NAE_kihelkonnakohtute_kirjad_ja_protokollid_1869-1889, lk 5
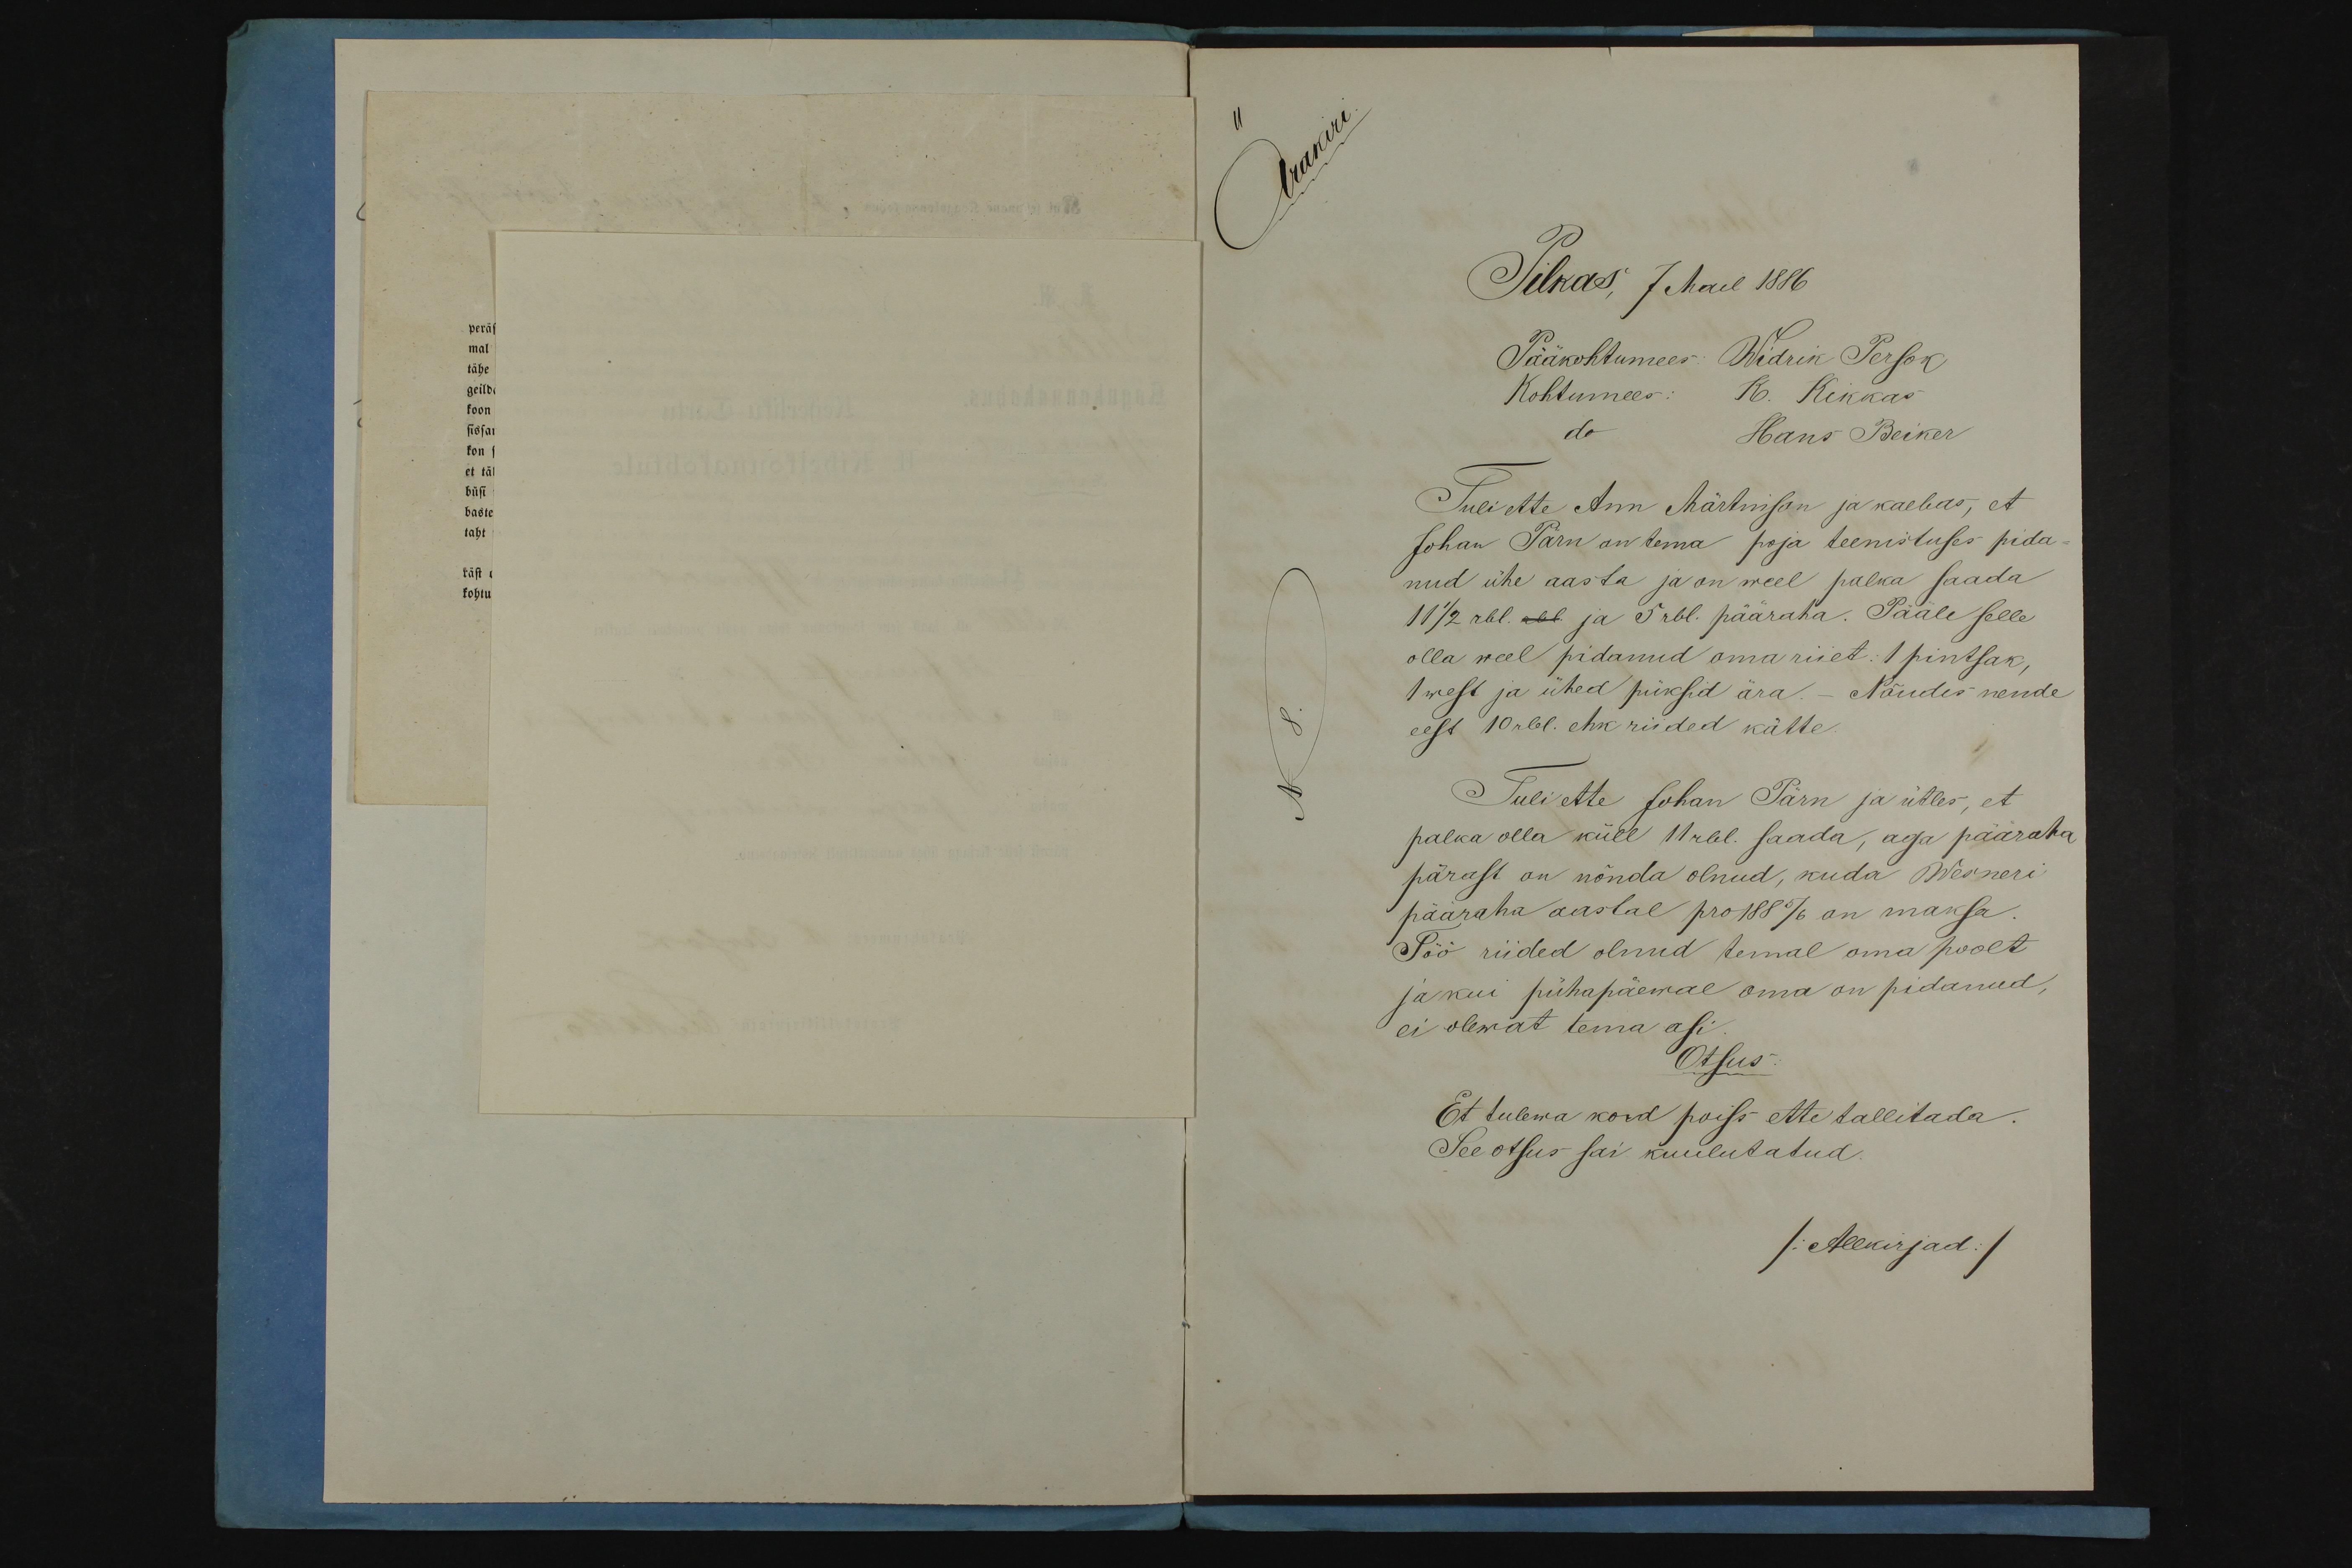
Ärakiri.

Pilkas, 7 Mail 1886
Pääkohtumees Widrik Persok
K. Kikkas
Kohtumees
Hans Beiker
Tuli ette Ann Märtnisson ja kaebas, et
Johan Pärn on tema poja teenistuses pida
nud ühe aasta ja on weel palka saada
1 1/2 rbl. rbl ja 5 rbl. pääraha. Pääle selle
olla weel pidanud omariiet: 1 pintsak,
1 west ja ühed püksid ära. Nõudis nende
eest 10 rbl. ehk riided kätte.
Tuli ette Johan Pärn ja ütles, et
palka olla küll 11 rbl. saada, aga pääraha
pärast on nõnda olnud, kuda Werneri
pääraha aastal pro 1885/6 on maksa.
Töö riided olnud temal oma poolt
ja kui pühapäewal oma on pidanud,
ei olewat tema asi
Otsus
Et tulewa kord poiss ette tallitada.
See otsus sai kuulutatud
/Allkirjad./